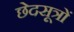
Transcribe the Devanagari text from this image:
छेदसूत्रों